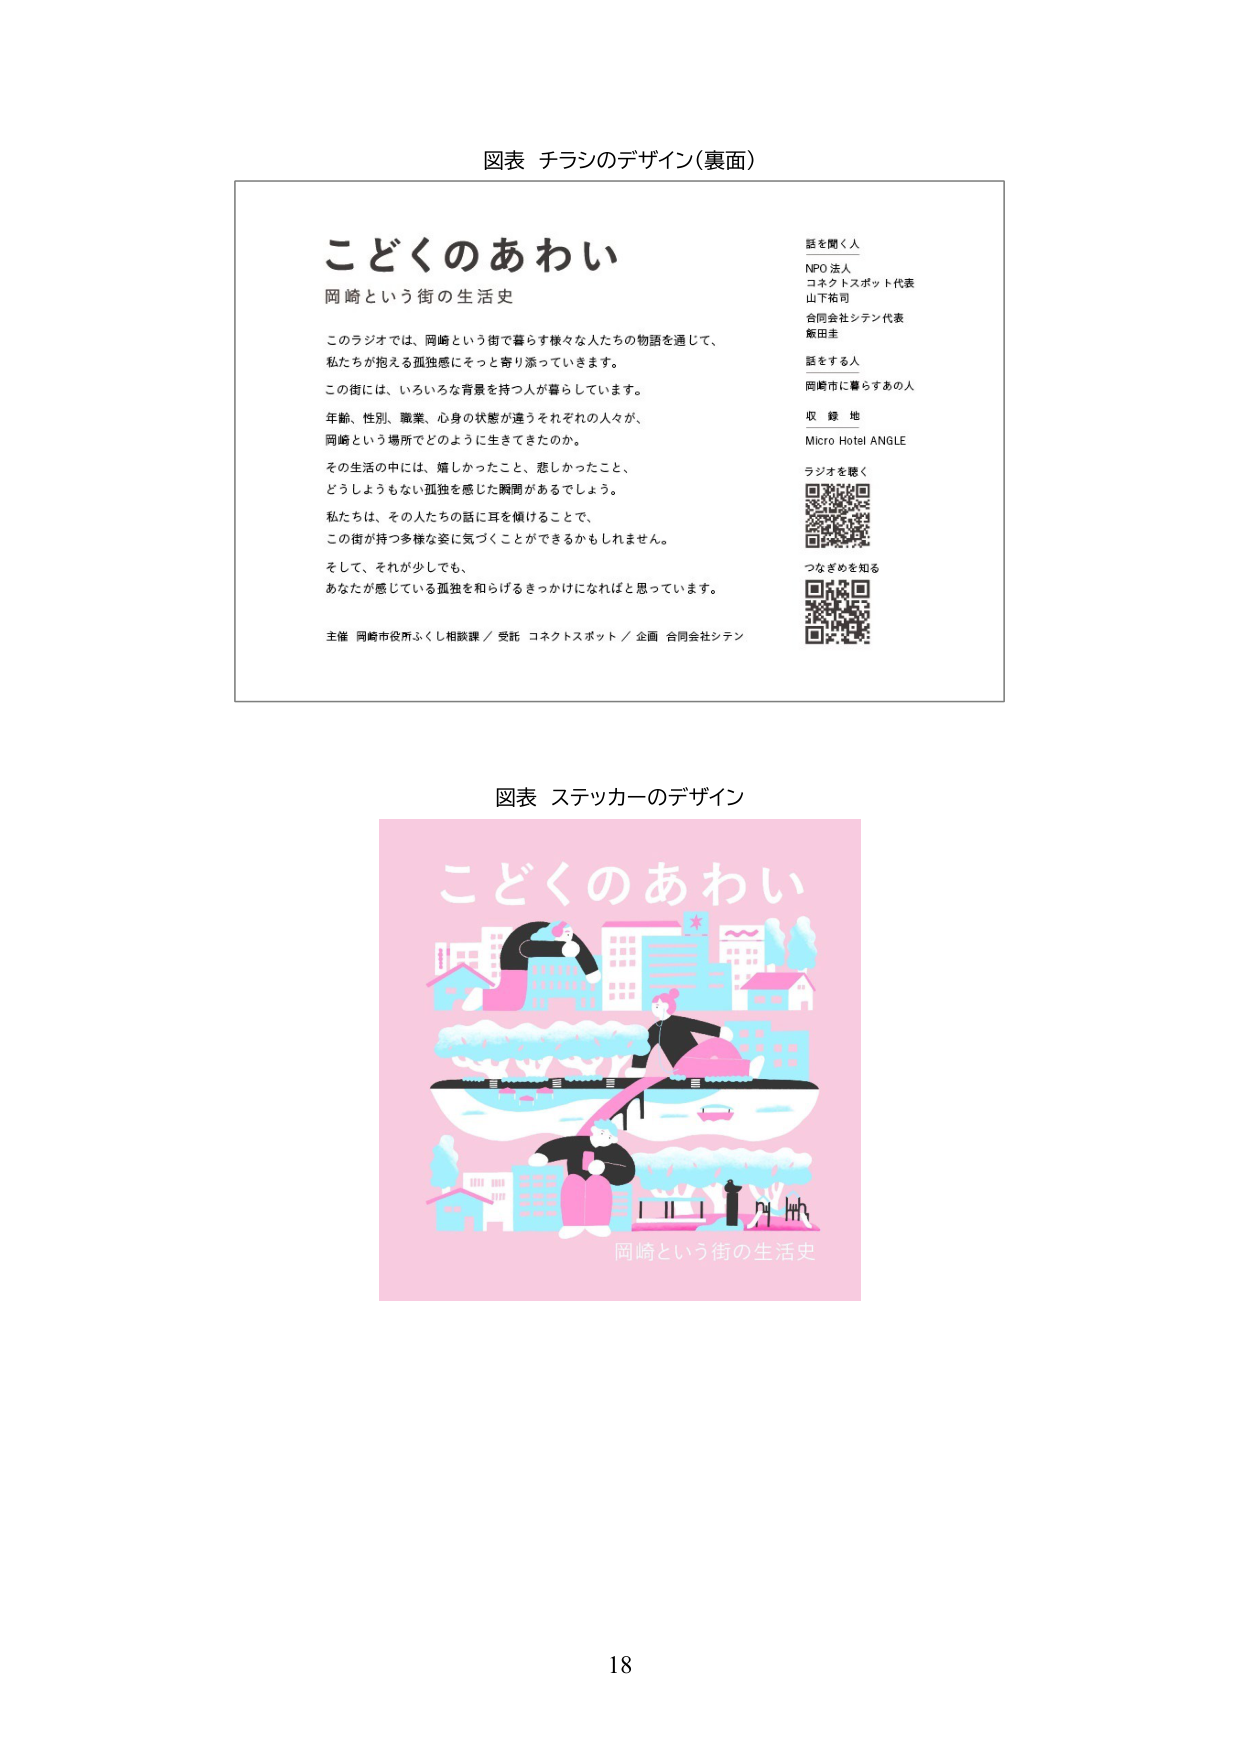
図表 チラシのデザイン（裏面）

こどくのあわい
岡崎という街の生活史

このラジオでは、岡崎という街で暮らす様々な人たちの物語を通じて、
私たちが抱える孤独感にそっと寄り添っていきます。

この街には、いろいろな背景を持つ人が暮らしています。
年齢、性別、職業、心身の状態が違うそれぞれの人々が、
岡崎という場所でどのように生きてきたのか。

その生活の中には、嬉しかったこと、悲しかったこと、
どうしようもない孤独を感じた瞬間があるでしょう。

私たちは、その人たちの話に耳を傾けることで、
この街が持つ多様な姿に気づくことができるかもしれません。

そして、それが少しでも、
あなたが感じている孤独を和らげるきっかけになればと思っています。

主催 岡崎市役所ふくし相談課／受託 コネクトスポット／企画 合同会社シテン

話を聞く人
NPO 法人
コネクトスポット代表
山下祐司
合同会社シテン代表
飯田圭

話をする人
岡崎市に暮らすあの人

収録地
Micro Hotel ANGLE

ラジオを聴く
[QRコード]

つなぎめを知る
[QRコード]

図表 ステッカーのデザイン

こどくのあわい
岡崎という街の生活史

18